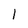
Character: 1